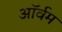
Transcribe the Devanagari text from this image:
ऑर्वम